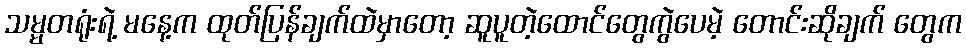
သမ္မတရုံးရဲ့ မနေ့က ထုတ်ပြန်ချက်ထဲမှာတော့ ဆူပူတဲ့ထောင်တွေကွဲပေမဲ့ တောင်းဆိုချက် တွေက